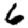
Digit: 6